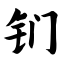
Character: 钔